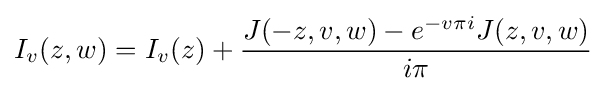
I_{v}(z,w)=I_{v}(z)+{\dfrac {J(-z,v,w)-e^{-v\pi i}J(z,v,w)}{i\pi }}